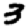
Digit: 3